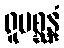
ရူပစ္ဆန္ဒံ